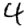
Digit: 4